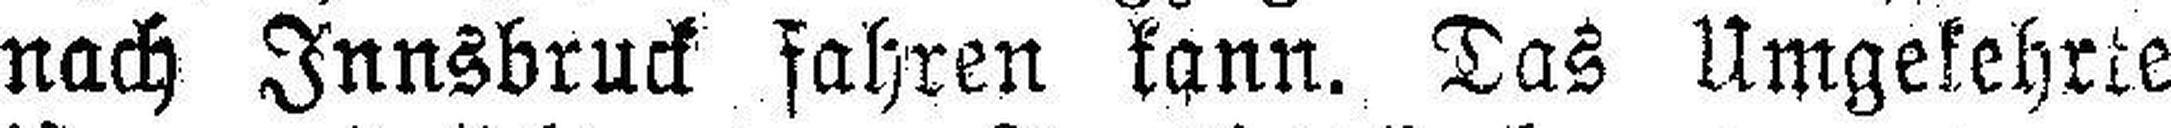
nach Innsbruck fahren kann. Das Umgekehrte